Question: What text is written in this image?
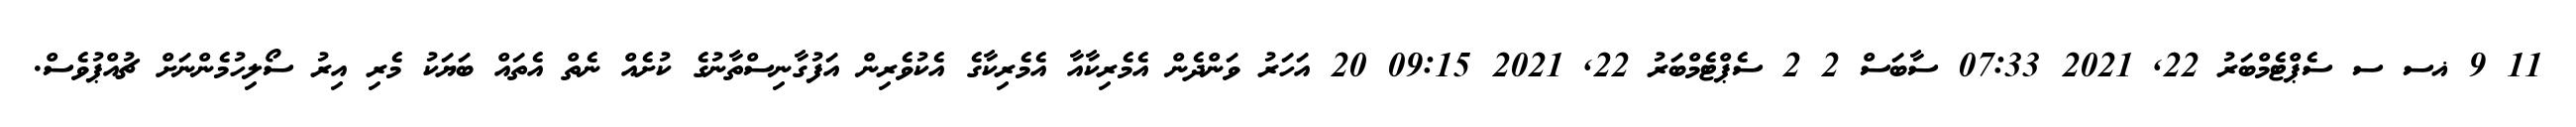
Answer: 11 9 ޣސ ސ ސެޕްޓެމްބަރު 22, 2021 07:33 ސާބަސް 2 2 ސެޕްޓެމްބަރު 22, 2021 09:15 20 އަހަރު ވަންދެން އެމެރިކާއާ އެމެރިކާގެ އެކުވެރިން އަފުގާނިސްތާނުގެ ކުށެއް ނެތް އެތައް ބަޔަކު މެރި އިރު ސޯލިހުމެންނަށް ޗުއްޕުވެސް.